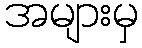
အများမှ